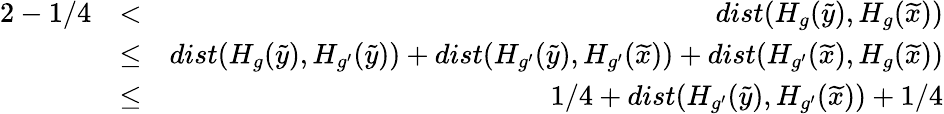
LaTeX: \begin{array}{rlr}{2-1/4}&{<}&{dist(H_{g}(\widetilde{y}),H_{g}(\widetilde{x}))}\\ &{\leq}&{dist(H_{g}(\widetilde{y}),H_{g^{\prime}}(\widetilde{y}))+dist(H_{g^{\prime}}(\widetilde{y}),H_{g^{\prime}}(\widetilde{x}))+dist(H_{g^{\prime}}(\widetilde{x}),H_{g}(\widetilde{x}))}\\ &{\leq}&{1/4+dist(H_{g^{\prime}}(\widetilde{y}),H_{g^{\prime}}(\widetilde{x}))+1/4}\end{array}